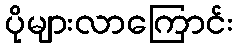
ပိုများလာကြောင်း